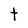
Character: t